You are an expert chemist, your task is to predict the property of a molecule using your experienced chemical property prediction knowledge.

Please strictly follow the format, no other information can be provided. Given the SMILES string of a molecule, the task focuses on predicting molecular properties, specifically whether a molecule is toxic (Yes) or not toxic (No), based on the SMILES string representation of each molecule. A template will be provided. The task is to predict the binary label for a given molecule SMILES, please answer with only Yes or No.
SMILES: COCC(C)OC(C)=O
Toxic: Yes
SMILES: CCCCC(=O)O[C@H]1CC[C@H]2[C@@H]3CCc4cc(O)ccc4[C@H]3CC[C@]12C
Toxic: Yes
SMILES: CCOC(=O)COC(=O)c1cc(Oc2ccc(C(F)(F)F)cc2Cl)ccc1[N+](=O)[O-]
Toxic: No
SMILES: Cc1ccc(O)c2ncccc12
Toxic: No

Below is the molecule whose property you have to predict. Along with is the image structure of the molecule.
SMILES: NC(=O)OCC(O)COc1ccc(Cl)cc1
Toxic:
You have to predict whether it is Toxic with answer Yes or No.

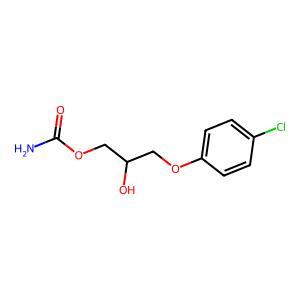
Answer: No